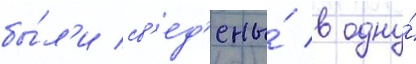
бы́л'и св'ед'ены́ в одну́